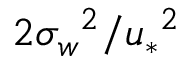
2 { \sigma _ { w } } ^ { 2 } / { u _ { * } } ^ { 2 }